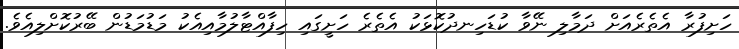
ހަށިފުރާ އެތެރެއަށް ދަމާލި ނޭވާ ކުޑަހިނދުކޮޅަކު އެތެރެ ހަށީގައި ހިފާއްޓާލުމާއިއެކު މަޑުމަޑުން ބޭރުކޮށްލިއެވެ.